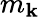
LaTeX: m_{\mathbf{k}}